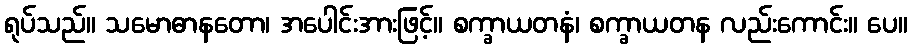
ရုပ်သည်။ သမောဓာနတော၊ အပေါင်းအားဖြင့်။ စက္ခာယတနံ၊ စက္ခာယတန လည်းကောင်း။ ပေ။